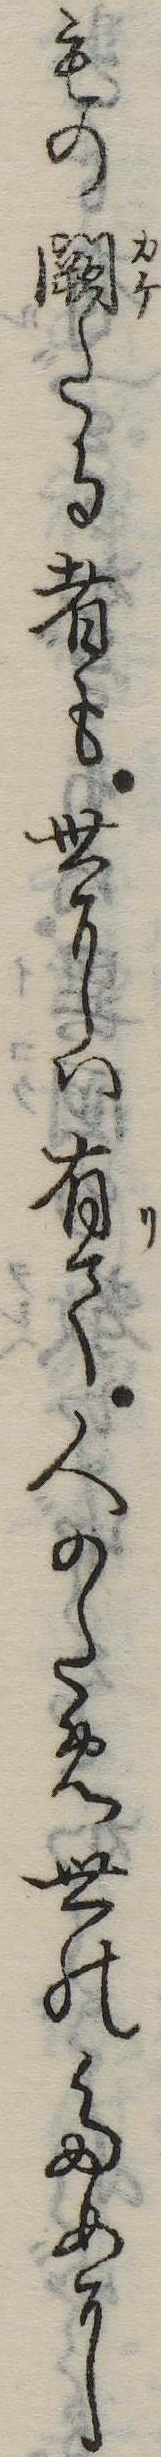
もの闕たる者も世には有て人のため世のために